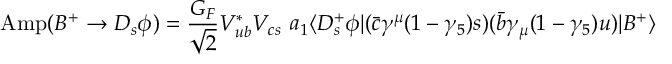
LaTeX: \mathrm { A m p } ( B ^ { + } \to D _ { s } \phi ) = \frac { G _ { F } } { \sqrt 2 } V _ { u b } ^ { * } V _ { c s } ~ a _ { 1 } \langle D _ { s } ^ { + } \phi | ( \bar { c } \gamma ^ { \mu } ( 1 - \gamma _ { 5 } ) s ) ( \bar { b } \gamma _ { \mu } ( 1 - \gamma _ { 5 } ) u ) | B ^ { + } \rangle